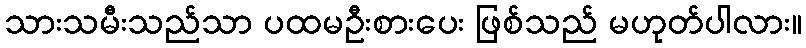
သားသမီးသည်သာ ပထမဦးစားပေး ဖြစ်သည် မဟုတ်ပါလား။